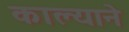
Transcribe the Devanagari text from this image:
काल्याने